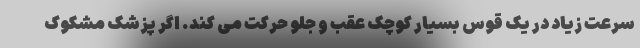
سرعت زیاد در یک قوس بسیار کوچک عقب و جلو حرکت می کند. اگر پزشک مشکوک